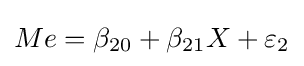
Me=\beta _{20}+\beta _{21}X+\varepsilon _{2}